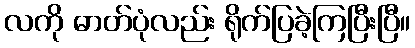
လကို ဓာတ်ပုံလည်း ရိုက်ပြခဲ့ကြပြီးပြီ။